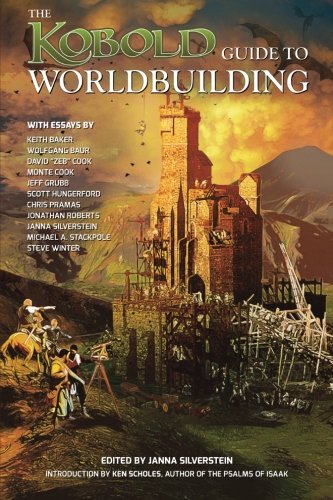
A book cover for Kobold Guide to Worldbuilding; Scott Hungerford; Science Fiction & Fantasy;